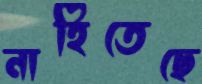
নাহিতেছে